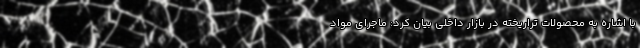
با اشاره به محصولات تراریخته در بازار داخلی بیان کرد: ماجرای مواد